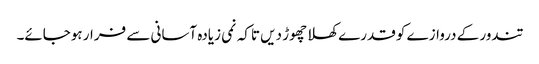
تندور کے دروازے کو قدرے کھلا چھوڑ دیں تاکہ نمی زیادہ آسانی سے فرار ہوجائے۔